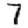
Digit: 7